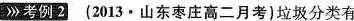
考例2(2013·山东枣庄高二月考)垃圾分类有